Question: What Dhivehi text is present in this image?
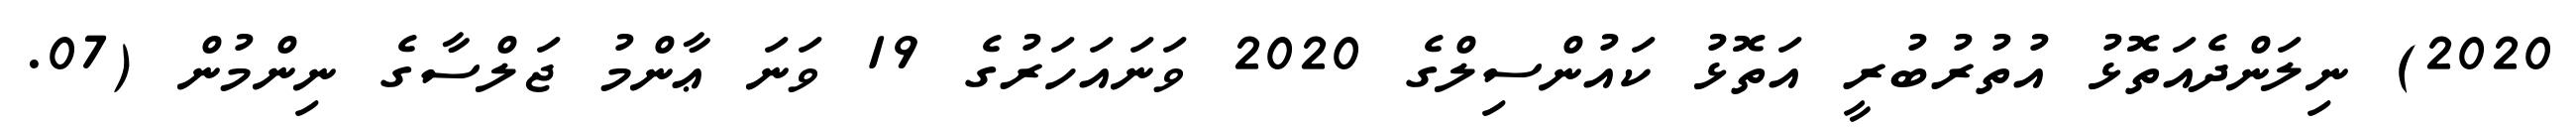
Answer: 2020) ނިލަންދެއަތޮޅު އުތުރުބުރީ އަތޮޅު ކައުންސިލްގެ 2020 ވަނައަހަރުގެ 19 ވަނަ ޢާންމު ޖަލްސާގެ ނިންމުން (07.